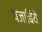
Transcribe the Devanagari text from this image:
पंजाबिये